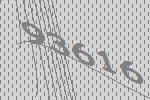
93616